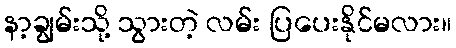
နာ့ချွမ်းသို့ သွားတဲ့ လမ်း ပြပေးနိုင်မလား။